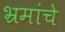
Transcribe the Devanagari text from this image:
भ्रमांचे